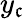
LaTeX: y_{\mathfrak{c}}